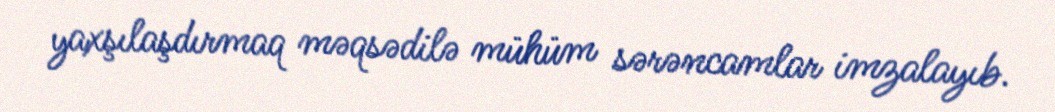
yaxşılaşdırmaq məqsədilə mühüm sərəncamlar imzalayıb.